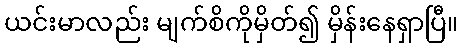
ယင်းမာလည်း မျက်စိကိုမှိတ်၍ မှိန်းနေရှာပြီ။